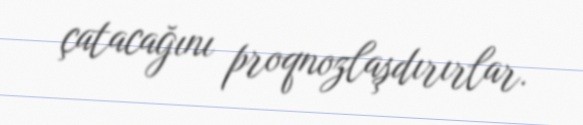
çatacağını proqnozlaşdırırlar.